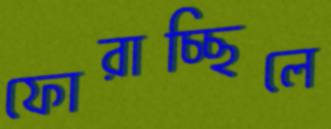
ফোরাচ্ছিলে